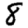
Digit: 8